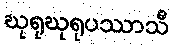
ဃုရုဃုရုပဿာသီ